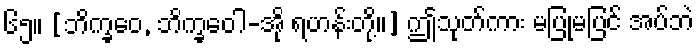
၆၅။ [ဘိက္ခဝေ, ဘိက္ခဝေါ-အို ရဟန်းတို့။] ဤသုတ်ကား မပြုမပြင် အပ်ဘဲ